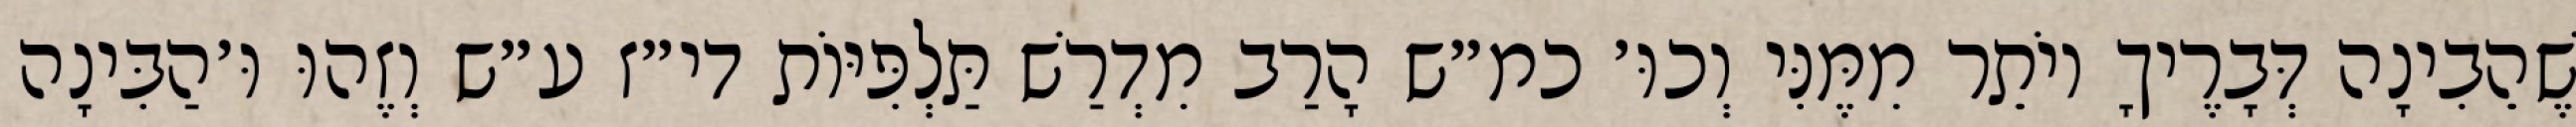
שֶׁהֵבִינָה דְּבָרֶיךָ יוֹתֵר מִמֶּנִּי וְכוּ׳ כמ״ש הָרַב מִדְרַשׁ תַּלְפִּיּוֹת די״ז ע״ש וְזֶהוּ וּ׳הַבִּינָה